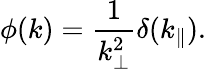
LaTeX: \phi(k)=\frac{1}{k_{\bot}^{2}}\delta(k_{\parallel}).